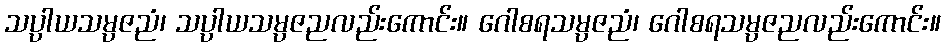
သပ္ပာယသမ္ပဇညံ၊ သပ္ပာယသမ္ပဇညလည်းကောင်း။ ဂေါစရသမ္ပဇညံ၊ ဂေါစရသမ္ပဇညလည်းကောင်း။